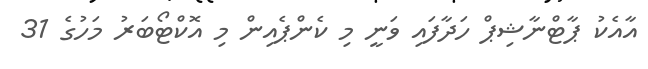
އާއެކު ޕާޓްނާޝިޕް ހަދާފައި ވަނީ މި ކެންޕެއިން މި އޮކްޓޯބަރު މަހުގެ 31